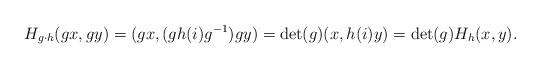
LaTeX: \begin{align*}H_{g\cdot h} (gx,gy) = (gx, (gh(i)g^{-1})gy) = \det(g) (x,h(i)y)= \det(g) H_h (x,y). \end{align*}